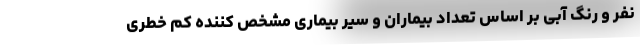
نفر و رنگ آبی بر اساس تعداد بیماران و سیر بیماری مشخص کننده کم خطری